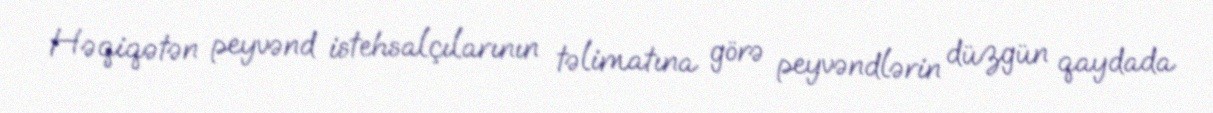
Həqiqətən peyvənd istehsalçılarının təlimatına görə peyvəndlərin düzgün qaydada